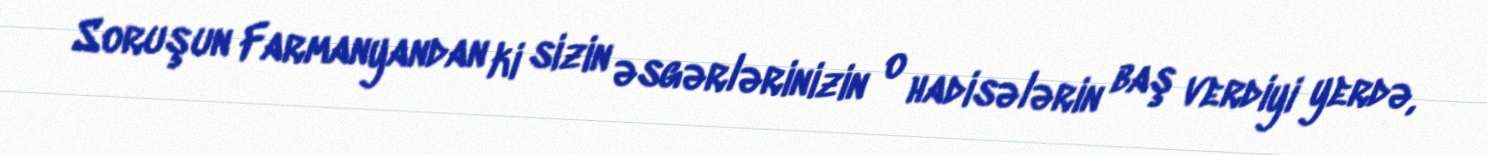
Soruşun Farmanyandan ki sizin əsgərlərinizin o hadisələrin baş verdiyi yerdə,